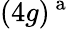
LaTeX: (4g)^{\mathrm{~a~}}